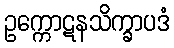
ဥက္ကောဋနသိက္ခာပဒံ